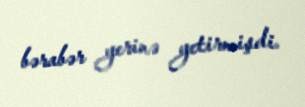
bərabər yerinə yetirmişdi.